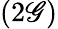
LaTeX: (2\mathscr{G})